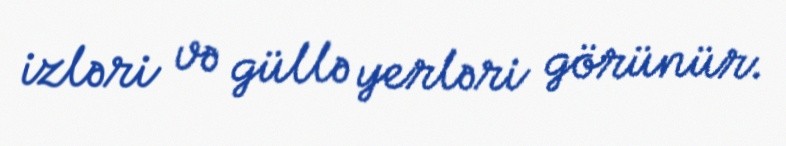
izləri və güllə yerləri görünür.